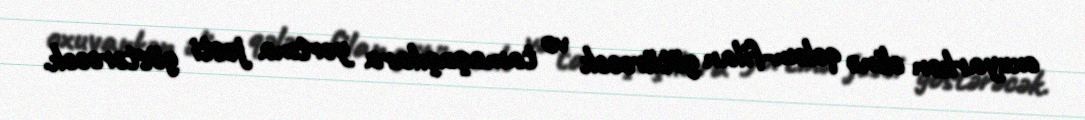
oxuyarkən əlinə qələm-filan götürəcək və tamaşaçılara yortma jesti göstərəcək.